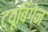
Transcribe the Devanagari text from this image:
ट्यूबिंगेन